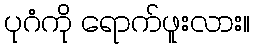
ပုဂံကို ရောက်ဖူးလား။